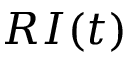
R I ( t )